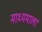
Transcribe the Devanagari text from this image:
माध्यमाला